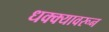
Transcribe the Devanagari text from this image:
धक्क्यावरून